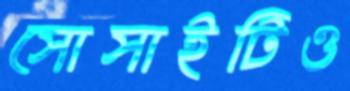
সোসাইটিও